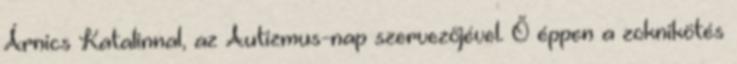
Árnics Katalinnal, az Autizmus-nap szervezőjével. Ő éppen a zoknikötés